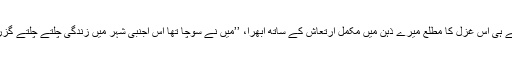
یہ شعر سنتے ہی اس غزل کا مطلع میرے ذہن میں مکمل ارتعاش کے ساتھ ابھرا، ’’میں نے سوچا تھا اس اجنبی شہر میں زندگی چلتے چلتے گزر جائے گی۔